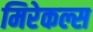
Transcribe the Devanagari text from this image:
मिरेकल्स